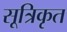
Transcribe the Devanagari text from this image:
सूत्रिकृत